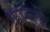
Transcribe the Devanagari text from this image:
काब्ली